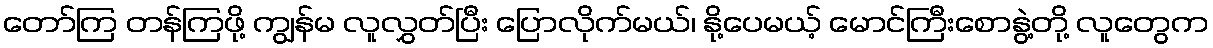
တော်ကြ တန်ကြဖို့ ကျွန်မ လူလွှတ်ပြီး ပြောလိုက်မယ်၊ နို့ပေမယ့် မောင်ကြီးစောနွဲ့တို့ လူတွေက